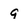
Character: 9